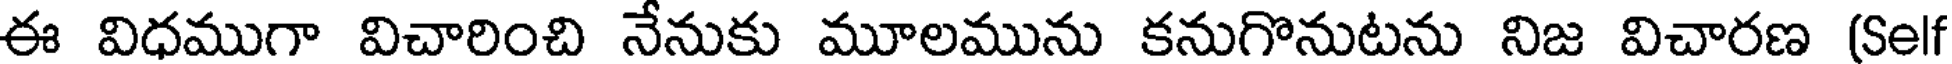
ఈ విధముగా విచారించి నేనుకు మూలమును కనుగొనుటను నిజ విచారణ (Sel